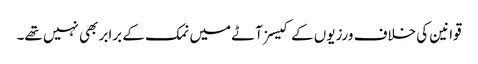
قوانین کی خلاف ورزیوں کے کیسز آٹے میں نمک کے برابر بھی نہیں تھے۔